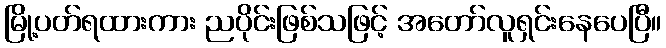
မြို့ပတ်ရထားကား ညပိုင်းဖြစ်သဖြင့် အတော်လူရှင်းနေပေပြီ။